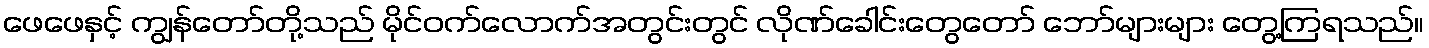
ဖေဖေနှင့် ကျွန်တော်တို့သည် မိုင်ဝက်လောက်အတွင်းတွင် လိုဏ်ခေါင်းတွေတော် ဘော်များများ တွေ့ကြရသည်။